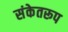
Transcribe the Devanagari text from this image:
संकेतरूप